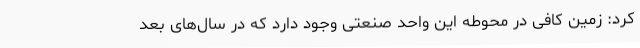
کرد: زمین کافی در محوطه این واحد صنعتی وجود دارد که در سال‌های بعد